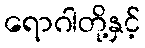
ရောဂါတို့နှင့်